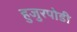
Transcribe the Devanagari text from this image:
हुजुरपोडी